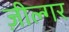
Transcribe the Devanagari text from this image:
ज़ील्‍गर